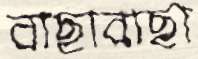
বাছাবাছা